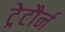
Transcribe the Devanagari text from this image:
ट्रेटौर्न